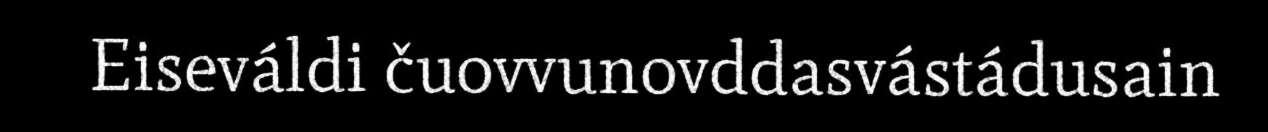
Eiseváldi čuovvunovddasvástádusain